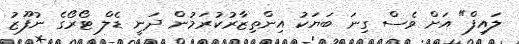
ލައިފް" އަށް ވެސް ގިނަ ބަޔަކު އިންތިޒާރުކުރަމުން ދަނީ ޑެލް ޓޯރޯގެ ނުފޫޒު